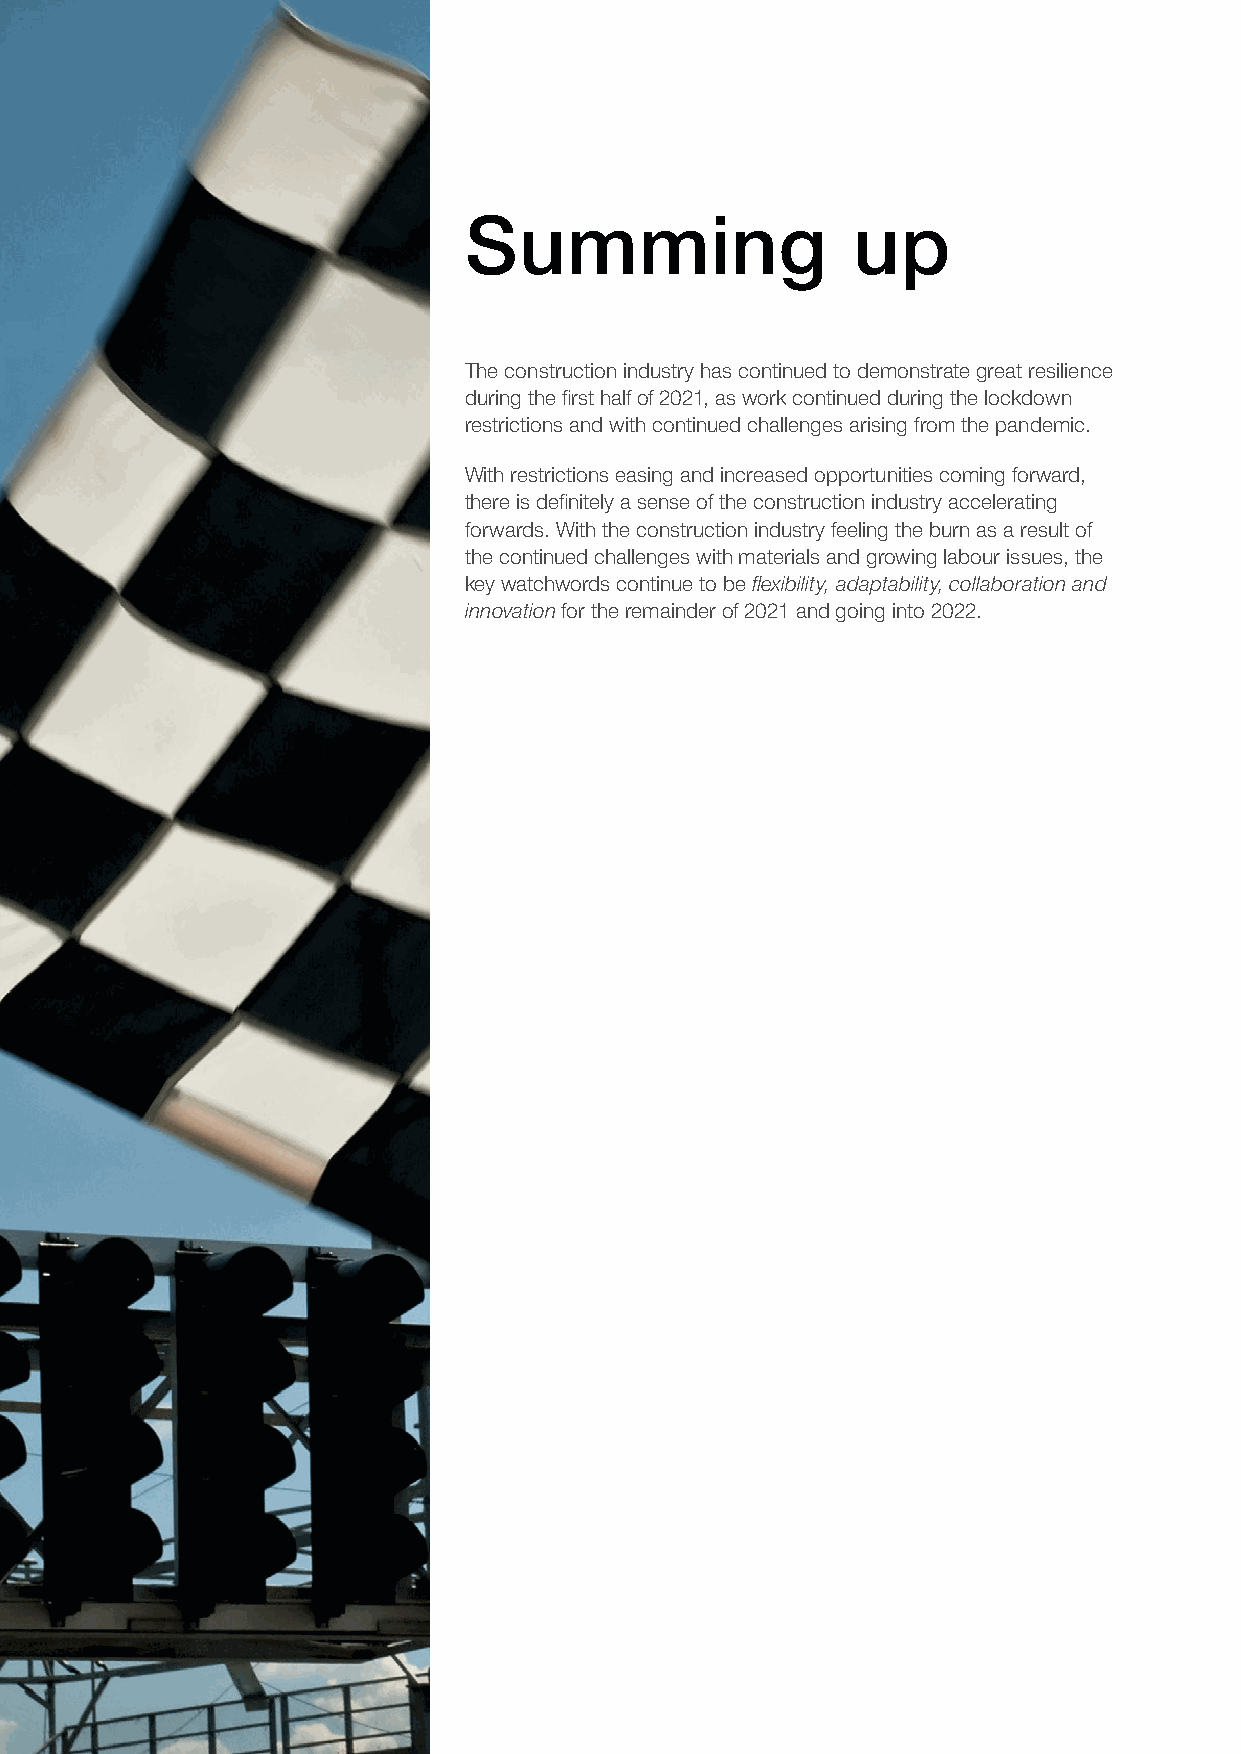
Summing                  up
 The construction industry has continued to demonstrate great resilience
 during the first half of 2021, as work continued during the lockdown
 restrictions and with continued challenges arising from the pandemic.
 With restrictions easing and increased opportunities coming forward,
 there is definitely a sense of the construction industry accelerating
 forwards. With the construction industry feeling the burn as a result of
 the continued challenges with materials and growing labour issues, the
 key watchwords continue to be flexibility, adaptability, collaboration and
 innovation for the remainder of 2021 and going into 2022.